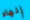
إنهاء